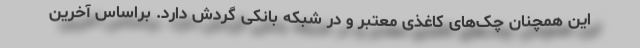
این همچنان چک‌های کاغذی معتبر و در شبکه بانکی گردش دارد. براساس آخرین